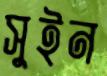
সুইন